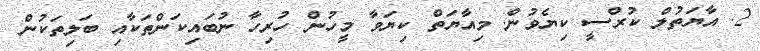
2. އާޔަތުލް ކުރްސީ ކިޔެވުން. މިއާޔަތް ކިޔަވާ މީހުން ހުރިހާ ނުބައިކަންތަކާއި ބަލިތަކުން